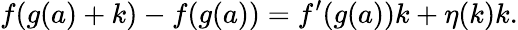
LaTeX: f(g(a)+k)-f(g(a))=f^{\prime}(g(a))k+\eta(k)k.